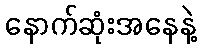
နောက်ဆုံးအနေနဲ့